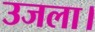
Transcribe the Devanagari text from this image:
उजला।